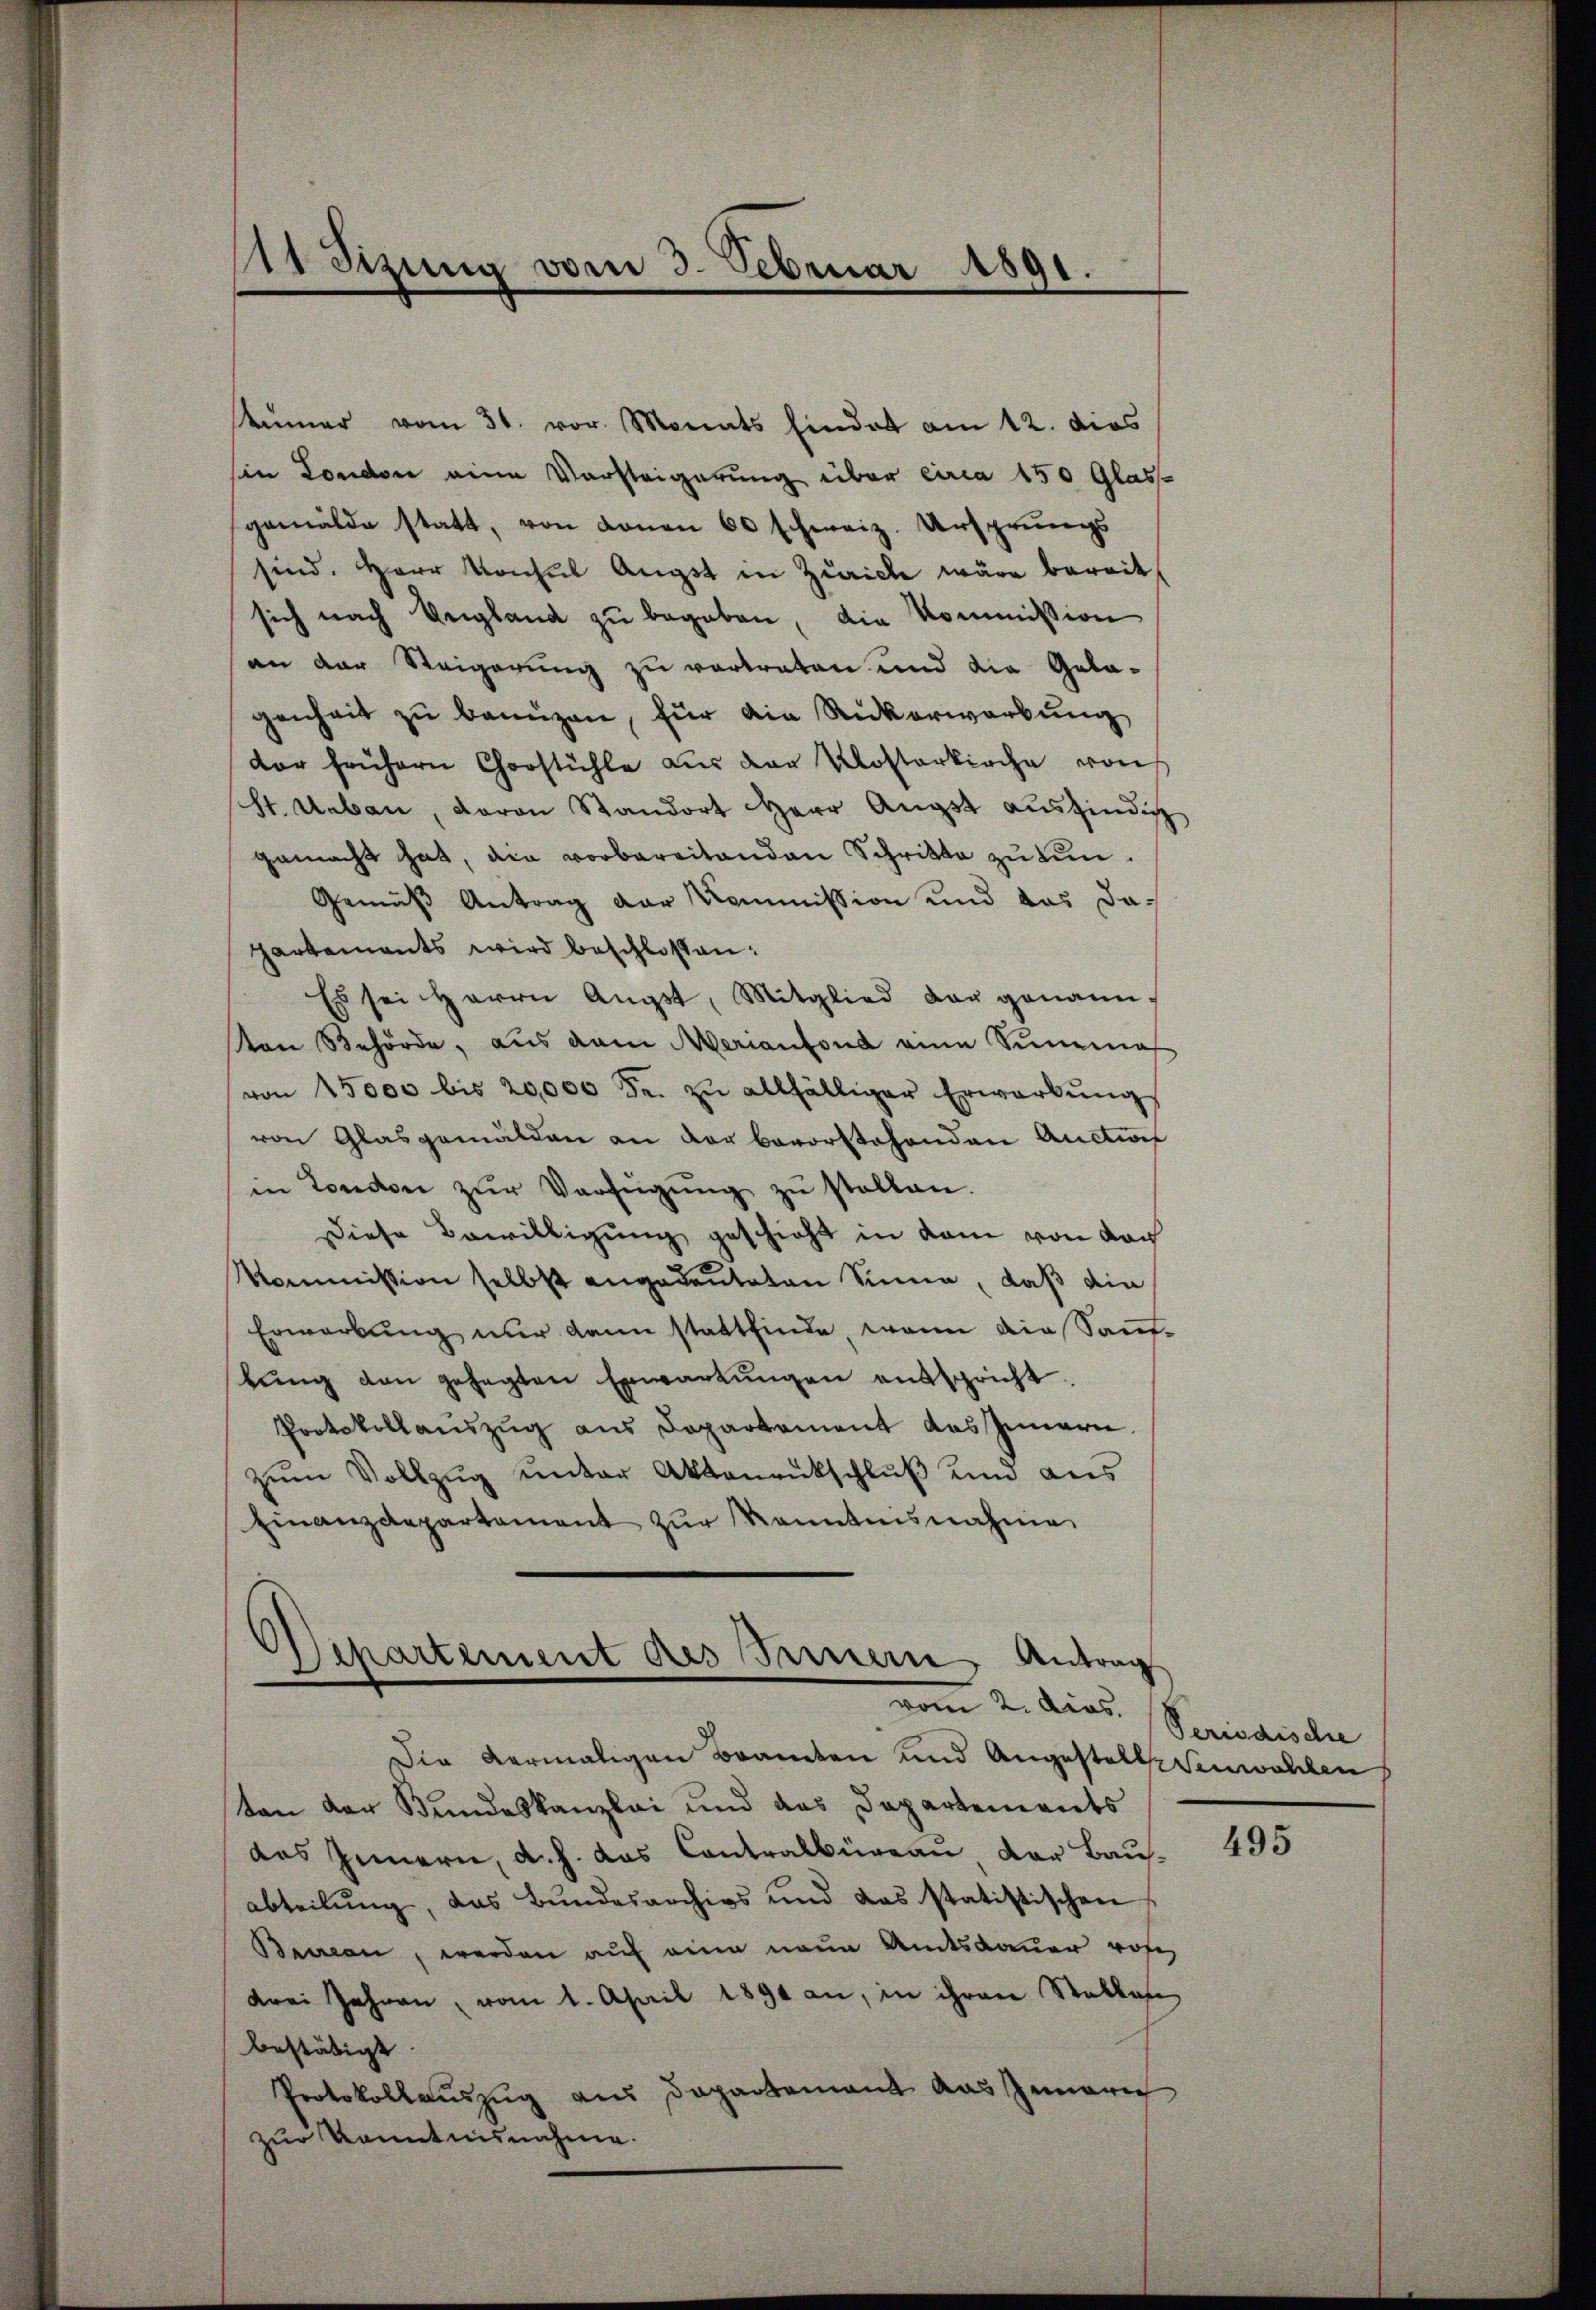
ümer vom 31. vor. Monats hindet am 12. dies
sin London eine Vorsteigerung über circa 150 Glas-
gemälde statt, von donan 60 schweiz. Ursprungs
sind. Herr Konsul Angst in Zürich wäre bereit
sich nach Ungland zu begeben, die Kommission
an der Steigerung zu vertraten und die Gelagenheit zu benuzen, für die Rückerwerbung
dor frühern Chorstühle aus der Klosterkirche von
ht. Ueben, Baron Standort Herr Angst auszindig
gemacht hat, die vorbereitanden Schritte zu tun.
Gemäß Antrag der Kommission und das dapartements wird beschlossen:
Es sei Herrn Augst, Mitglied der genann-
von Behörde, aus dem Merianfond eine Summas
von 15000 bis 20,000 Fr. zŭ allfälliger Erwarbŭng
von Glasgemälden an der bevorstehenden Auction
in London zŭr Verfügŭng zŭ stellen.
Diese Bewilligung geschieht in kam von von
Kommission selbst angedeuteten Sinne, daß die
Erwerbung nur dann stattfinde, wenn die Sant-
bŭng den gesagten Erwartungen entspricht.
Protokollauszug aus Departement des Innern.
zŭm Vollzŭg ŭnter Aktenrutschlŭβ und aus
Finanzdepartament zŭr Kenntnisnahme

111 Sizung vom 3. Februar 1891.
—

Departement des Innern Antrag
vom 2. dies

Die vermaligen Branten und Angestellesenwohlen
ten der Bundeskanzlei und das Departements
das Innern, d. h. das Contralbüreau der Bau-
abteilŭng, das Bundesarchigs und das statistischen
Bewan, werden auf eine neue Amtsdauer rohe
drei Jahren, vom 1. April 1891 an, in ihrem Stallen
bestätigt.
Protokollauszug aus Departement aus Innern
zur Kenntnisnahme.

Periodische

495